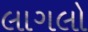
લાગલો